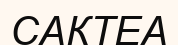
САКТЕА